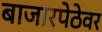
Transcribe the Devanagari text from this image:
बाजारपेठेवर